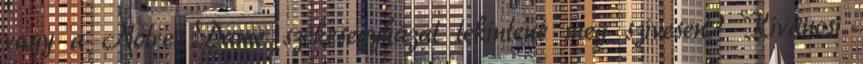
vagy a Notre Dame székesegyházat tekintené meg szívesen? Kíváncsi